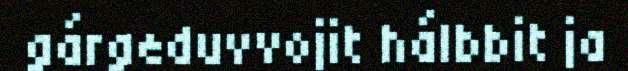
gárgeduvvojit hálbbit ja